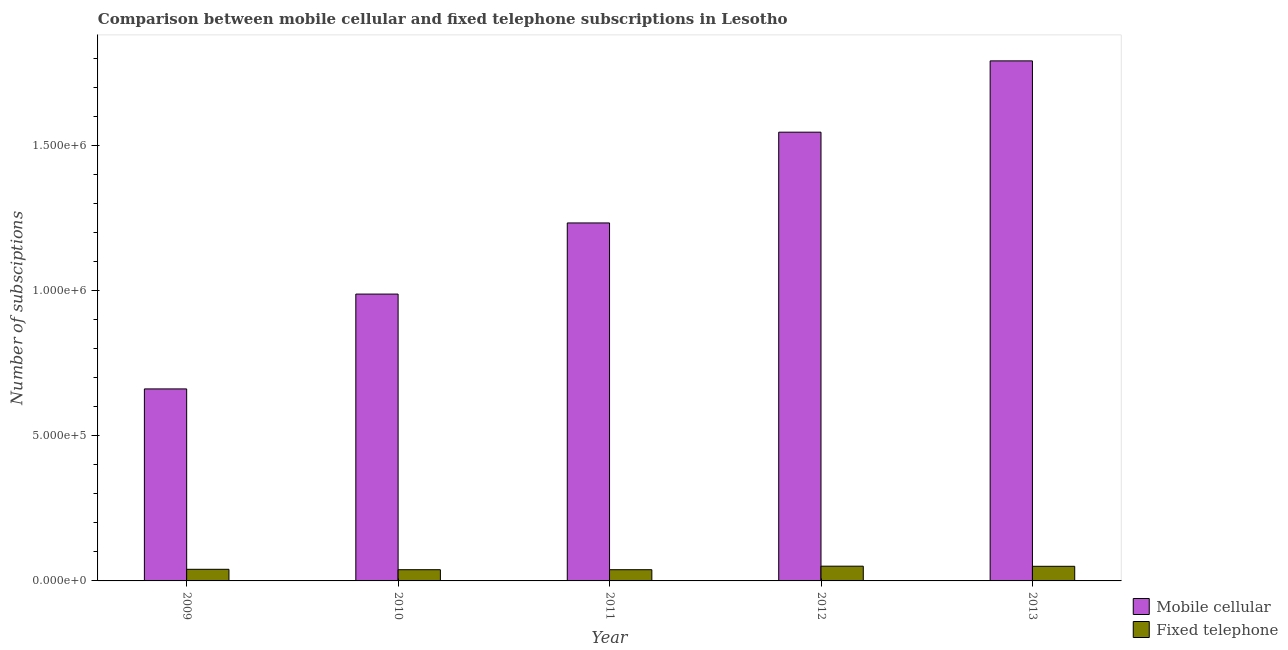
| Year | Mobile cellular | Fixed telephone |
 | --- | --- | --- |
 | 2009 | 6.61e+05 | 4e+04 |
 | 2010 | 9.87e+05 | 3.86e+04 |
 | 2011 | 1.23e+06 | 3.86e+04 |
 | 2012 | 1.54e+06 | 5.08e+04 |
 | 2013 | 1.79e+06 | 5.03e+04 |